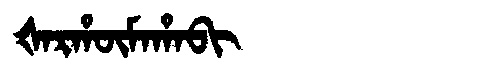
Manchu: ᡧᠠᡵᡥᡡᠮᠠᡥᠠᠪᡳ
Romanization: ŠARHŪMAHABI